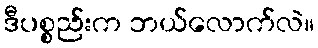
ဒီပစ္စည်းက ဘယ်လောက်လဲ။